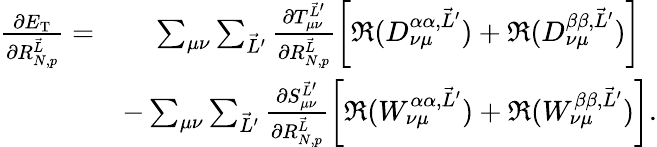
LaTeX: \begin{array}{rl}{\frac{\partial E_{\textrm{T}}}{\partial R_{N,p}^{\vec{L}}}=}&{\phantom{-}~\sum_{\mu\nu}\sum_{\vec{L}^{\prime}}\frac{\partial T_{\mu\nu}^{\vec{L}^{\prime}}}{\partial R_{N,p}^{\vec{L}}}\left[\Re(D_{\nu\mu}^{\alpha\alpha,\vec{L}^{\prime}})+\Re(D_{\nu\mu}^{\beta\beta,\vec{L}^{\prime}})\right]}\\ &{-\sum_{\mu\nu}\sum_{\vec{L}^{\prime}}\frac{\partial S_{\mu\nu}^{\vec{L}^{\prime}}}{\partial R_{N,p}^{\vec{L}}}\left[\Re(W_{\nu\mu}^{\alpha\alpha,\vec{L}^{\prime}})+\Re(W_{\nu\mu}^{\beta\beta,\vec{L}^{\prime}})\right].}\end{array}